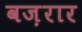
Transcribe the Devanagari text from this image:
वज़रार